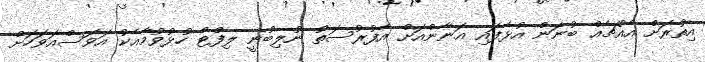
އިތުރަށް އެއްޗެއް ބުނަން އުޅެފައި އަނާންއަށް އެފުރުސަތު ނުލިބުނީ ލިފްޓް ހުޅުވުމާއެކު އަވަސްއަވަހަށް